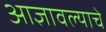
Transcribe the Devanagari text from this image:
आज्ञावल्याचे